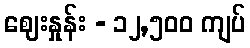
ဈေးနှုန်း - ၁၂,၅၀၀ ကျပ်